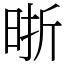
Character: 晣